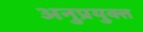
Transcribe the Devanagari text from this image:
अनुप्रयुक्त्त